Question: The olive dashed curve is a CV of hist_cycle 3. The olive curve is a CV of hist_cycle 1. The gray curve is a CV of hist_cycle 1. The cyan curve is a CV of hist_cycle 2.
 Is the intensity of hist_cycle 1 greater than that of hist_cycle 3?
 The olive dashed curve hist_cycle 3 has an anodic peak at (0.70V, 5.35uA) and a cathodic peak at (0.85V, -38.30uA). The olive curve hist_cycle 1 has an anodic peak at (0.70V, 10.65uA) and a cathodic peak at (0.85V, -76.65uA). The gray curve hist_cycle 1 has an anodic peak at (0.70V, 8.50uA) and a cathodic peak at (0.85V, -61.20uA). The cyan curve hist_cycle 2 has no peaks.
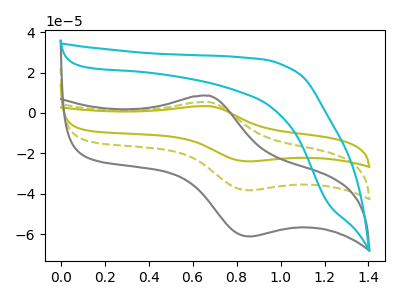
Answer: <think>All the peaks in "hist_cycle 1" have a peak in "hist_cycle 3" at the same potential. Every peak in "hist_cycle 1" is higher than every peak in "hist_cycle 3".
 </think>
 <answer>"hist_cycle 1" has more signal than "hist_cycle 3".</answer>
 <eval>more_signal</eval>